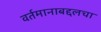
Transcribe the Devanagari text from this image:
वर्तमानाबद्दलचा